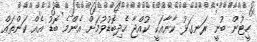
ހީޓުން ބުނީ ރަނގަޅު ކާނާއަކީ ކުއްޖާ ހެދިބޮޑުވުމަށް އެންމެ ބޮޑު އެއް ކަންތައް